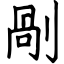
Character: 剮